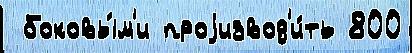
 боковы́м'и проjизвод'и́ть 800